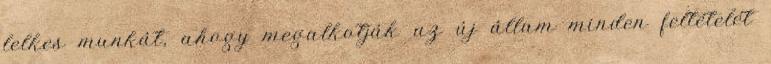
lelkes munkát, ahogy megalkotják az új állam minden feltételét